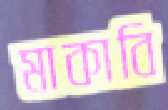
মাকাবি